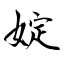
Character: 婝